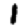
Digit: 1